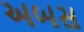
અબસ